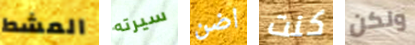
المشط سيرته اضن كنت ولكن